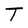
Character: T